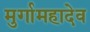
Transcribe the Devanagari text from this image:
मुर्गामहादेव